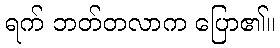
ရက် ဘတ်တလာက ပြော၏။